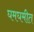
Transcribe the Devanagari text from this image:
घमघमीत